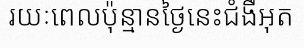
រយៈពេលប៉ុន្មានថ្ងៃនេះជំងឺអុត